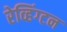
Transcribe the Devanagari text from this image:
रेव्हिंग्टन